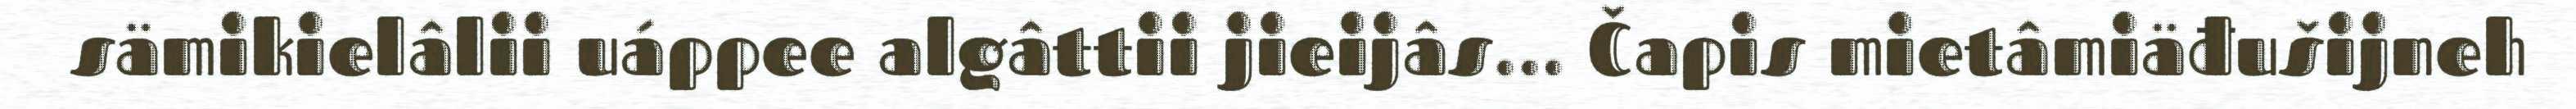
sämikielâlii uáppee algâttii jieijâs... Čapis mietâmiäđušijneh